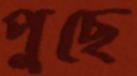
পুছে